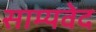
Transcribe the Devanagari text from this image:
साम्‍यवेद